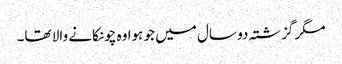
مگر گزشتہ دو سال میں جو ہوا وہ چونکانے والا تھا۔